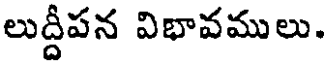
లుద్దీపన విభావములు.